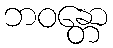
ဘဝန္တော